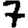
Digit: 7